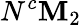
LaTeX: N^{c}\mathbf{M}_{2}